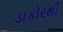
ડાકોરથી